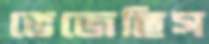
ভেজেছিস